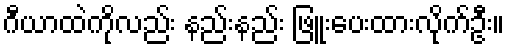
ဂီယာထဲကိုလည်း နည်းနည်း ဖြူးပေးထားလိုက်ဦး။